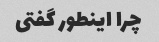
چرا اینطور گفتی